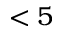
< 5